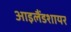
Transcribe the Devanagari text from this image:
आइलैंडशायर